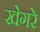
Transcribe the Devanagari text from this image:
खेगरे